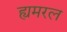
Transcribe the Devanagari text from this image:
ह्यमरल